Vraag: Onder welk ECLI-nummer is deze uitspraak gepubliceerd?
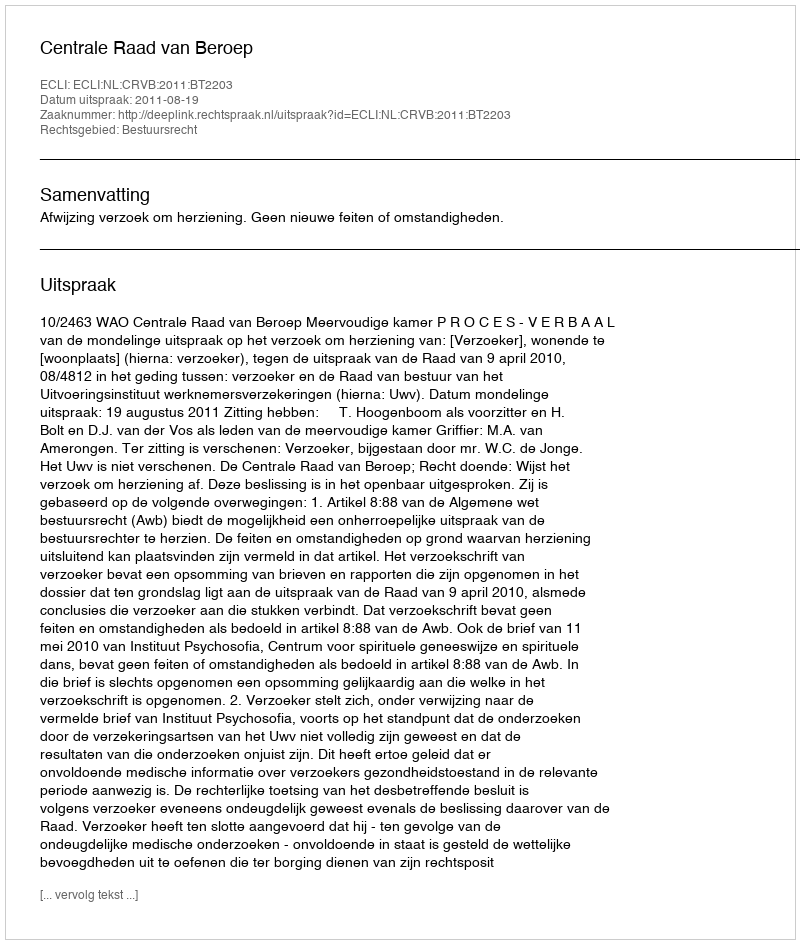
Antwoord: ECLI:NL:CRVB:2011:BT2203